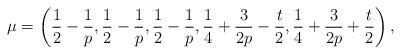
LaTeX: \begin{align*}\mu=\left(\frac{1}{2}-\frac{1}{p},\frac{1}{2}-\frac{1}{p},\frac{1}{2}-\frac{1}{p},\frac{1}{4}+\frac{3}{2p}-\frac{t}{2},\frac{1}{4}+\frac{3}{2p}+\frac{t}{2}\right),\end{align*}